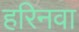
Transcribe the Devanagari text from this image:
हरिनवा